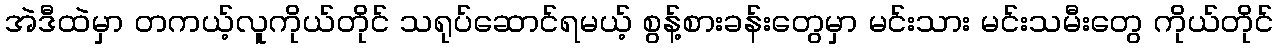
အဲဒီထဲမှာ တကယ့်လူကိုယ်တိုင် သရုပ်ဆောင်ရမယ့် စွန့်စားခန်းတွေမှာ မင်းသား မင်းသမီးတွေ ကိုယ်တိုင်